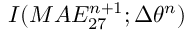
I ( M A E _ { 2 7 } ^ { n + 1 } ; \Delta \theta ^ { n } )